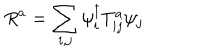
R ^ { a } = \sum _ { i , j } \psi _ { i } ^ { \dagger } T _ { i j } ^ { a } \psi _ { j }